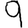
Digit: 9